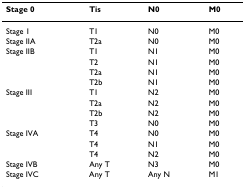
<table><thead><tr><td><b>Stage 0</b></td><td><b>Tis</b></td><td><b>N0</b></td><td><b>M0</b></td></tr></thead><tbody><tr><td>Stage 1</td><td>T1</td><td>N0</td><td>M0</td></tr><tr><td>Stage IIA</td><td>T2a</td><td>N0</td><td>M0</td></tr><tr><td>Stage IIB</td><td>T1</td><td>N1</td><td>M0</td></tr><tr><td>[EMPTY_CELL]</td><td>T2</td><td>N1</td><td>M0</td></tr><tr><td>[EMPTY_CELL]</td><td>T2a</td><td>N1</td><td>M0</td></tr><tr><td>[EMPTY_CELL]</td><td>T2b</td><td>N1</td><td>M0</td></tr><tr><td>Stage III</td><td>T1</td><td>N2</td><td>M0</td></tr><tr><td>[EMPTY_CELL]</td><td>T2a</td><td>N2</td><td>M0</td></tr><tr><td>[EMPTY_CELL]</td><td>T2b</td><td>N2</td><td>M0</td></tr><tr><td>[EMPTY_CELL]</td><td>T3</td><td>N0</td><td>M0</td></tr><tr><td>Stage IVA</td><td>T4</td><td>N0</td><td>M0</td></tr><tr><td>[EMPTY_CELL]</td><td>T4</td><td>N1</td><td>M0</td></tr><tr><td>[EMPTY_CELL]</td><td>T4</td><td>N2</td><td>M0</td></tr><tr><td>Stage IVB</td><td>Any T</td><td>N3</td><td>M0</td></tr><tr><td>Stage IVC</td><td>Any T</td><td>Any N</td><td>M1</td></tr></tbody></table>